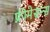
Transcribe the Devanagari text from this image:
फ्रीमेसन्स